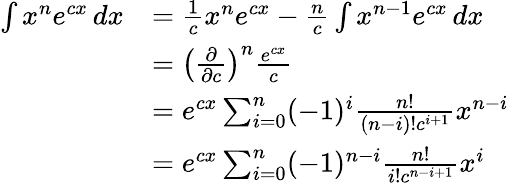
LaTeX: {\begin{array}{rl}{\int x^{n}e^{cx}\, dx}&{={\frac{1}{c}}x^{n}e^{cx}-{\frac{n}{c}}\int x^{n-1}e^{cx}\, dx}\\ &{=\left({\frac{\partial}{\partial c}}\right)^{n}{\frac{e^{cx}}{c}}}\\ &{=e^{cx}\sum_{i=0}^{n}(-1)^{i}{\frac{n!}{(n-i)!c^{i+1}}}x^{n-i}}\\ &{=e^{cx}\sum_{i=0}^{n}(-1)^{n-i}{\frac{n!}{i!c^{n-i+1}}}x^{i}}\end{array}}